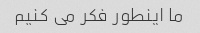
ما اینطور فکر می کنیم